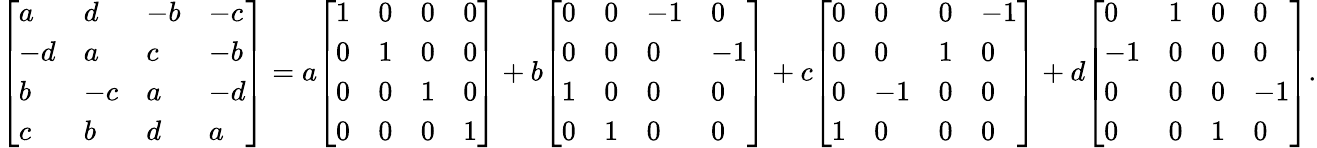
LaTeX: {\left[\begin{array}{llll}{a}&{d}&{-b}&{-c}\\ {-d}&{a}&{c}&{-b}\\ {b}&{-c}&{a}&{-d}\\ {c}&{b}&{d}&{a}\end{array}\right]}=a{\left[\begin{array}{llll}{1}&{0}&{0}&{0}\\ {0}&{1}&{0}&{0}\\ {0}&{0}&{1}&{0}\\ {0}&{0}&{0}&{1}\end{array}\right]}+b{\left[\begin{array}{llll}{0}&{0}&{-1}&{0}\\ {0}&{0}&{0}&{-1}\\ {1}&{0}&{0}&{0}\\ {0}&{1}&{0}&{0}\end{array}\right]}+c{\left[\begin{array}{llll}{0}&{0}&{0}&{-1}\\ {0}&{0}&{1}&{0}\\ {0}&{-1}&{0}&{0}\\ {1}&{0}&{0}&{0}\end{array}\right]}+d{\left[\begin{array}{llll}{0}&{1}&{0}&{0}\\ {-1}&{0}&{0}&{0}\\ {0}&{0}&{0}&{-1}\\ {0}&{0}&{1}&{0}\end{array}\right]}.